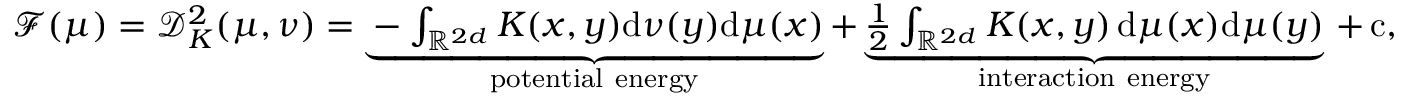
\begin{array} { r } { \mathcal F ( \mu ) = \mathcal D _ { K } ^ { 2 } ( \mu , \nu ) = \underbrace { - \int _ { \mathbb { R } ^ { 2 d } } K ( x , y ) \mathrm { d } \nu ( y ) \mathrm { d } \mu ( x ) } _ { \mathrm { p o t e n t i a l ~ e n e r g y } } + \underbrace { \frac 1 2 \int _ { \mathbb { R } ^ { 2 d } } K ( x , y ) \, \mathrm { d } \mu ( x ) \mathrm { d } \mu ( y ) } _ { \mathrm { i n t e r a c t i o n ~ e n e r g y } } \, + \, \mathrm { c } , } \end{array}